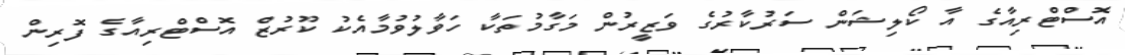
އޮސްޓްރިއާގެ އާ ކޯލިޝަން ސަރުކާރުގެ ވަޒީރުން މަގާމުތަކާ ހަވާލުވުމާއެކު ކޫރުޒް އޮސްޓްރިއާގެ ފޮރިން